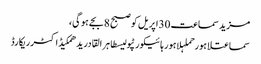
مزید سماعت 30اپریل کو صبح 8بجے ہو گی،
سماعتلاہورحملہلاہور ہائیکورٹپولیسطاہر القادریدھمکیڈاکٹرریکارڈ